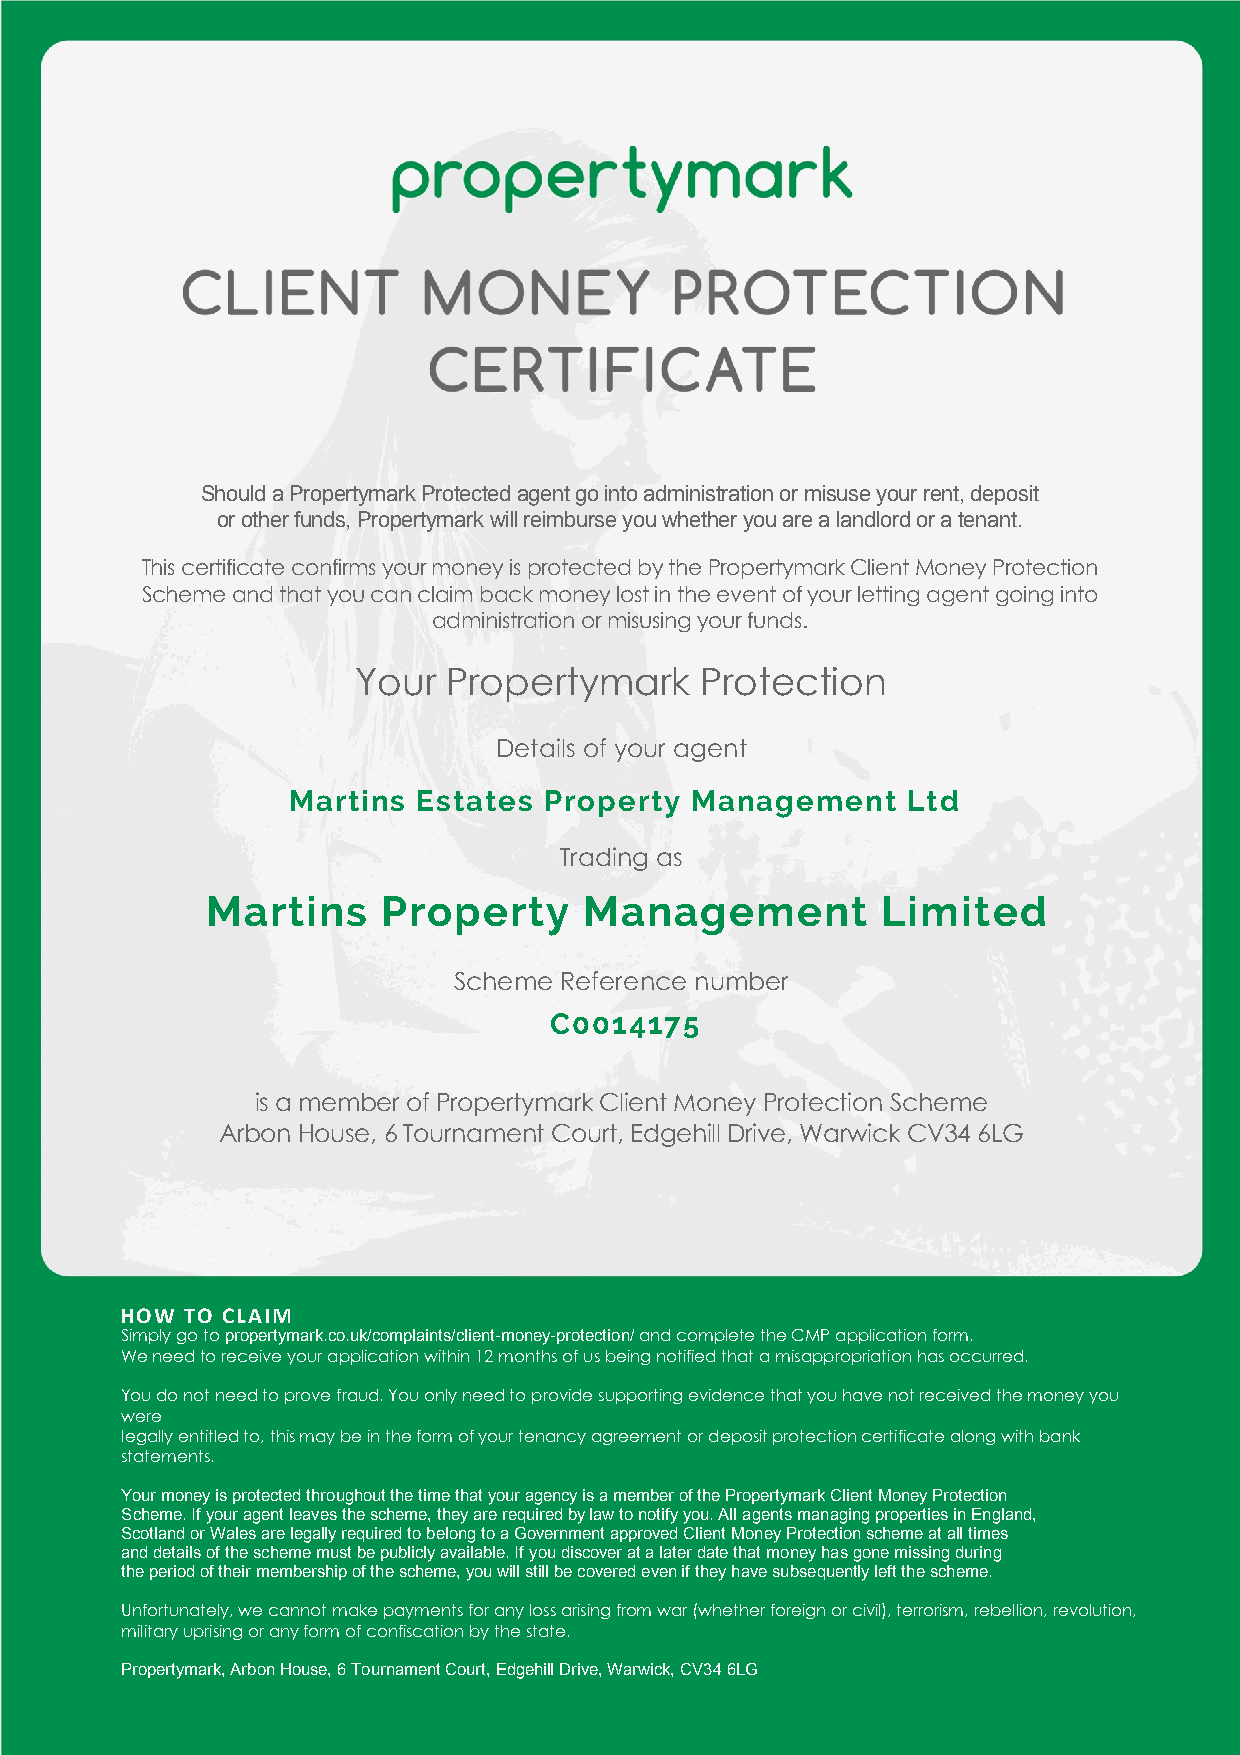
Should a Propertymark Protected agent go into administration or misuse your rent, deposit
 or other funds, Propertymark will reimburse you whether you are a landlord or a tenant.
 This certificate confirms your money is protected by the Propertymark Client Money Protection
 Scheme and that you can claim back money lost in the event of your letting agent going into
 administration or misusing your funds.
 Your  Propertymark    Protection
 Details of your agent
 Martins  Estates Property  Management    Ltd
 Trading as
 Martins    Property      Management         Limited
 Scheme Reference number
 C0014175
 is a member of Propertymark Client Money Protection Scheme
 Arbon House, 6 Tournament Court, Edgehill Drive, Warwick CV34 6LG
 HOW TO CLAIM
 Simply go to propertymark.co.uk/complaints/client-money-protection/ and complete the CMP application form.
 We need to receive your application within 12 months of us being notified that a misappropriation has occurred.
 You do not need to prove fraud. You only need to provide supporting evidence that you have not received the money you
 were
 legally entitled to, this may be in the form of your tenancy agreement or deposit protection certificate along with bank
 statements.
 Your money is protected throughout the time that your agency is a member of the Propertymark Client Money Protection
 Scheme. If your agent leaves the scheme, they are required by law to notify you. All agents managing properties in England,
 Scotland or Wales are legally required to belong to a Government approved Client Money Protection scheme at all times
 and details of the scheme must be publicly available. If you discover at a later date that money has gone missing during
 the period of their membership of the scheme, you will still be covered even if they have subsequently left the scheme.
 Unfortunately, we cannot make payments for any loss arising from war (whether foreign or civil), terrorism, rebellion, revolution,
 military uprising or any form of confiscation by the state.
 Propertymark, Arbon House, 6 Tournament Court, Edgehill Drive, Warwick, CV34 6LG